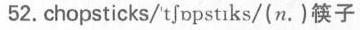
52.chopsticks/'tʃɒpstɪks/(n.)筷子